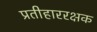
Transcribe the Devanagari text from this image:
प्रतीहाररक्षक